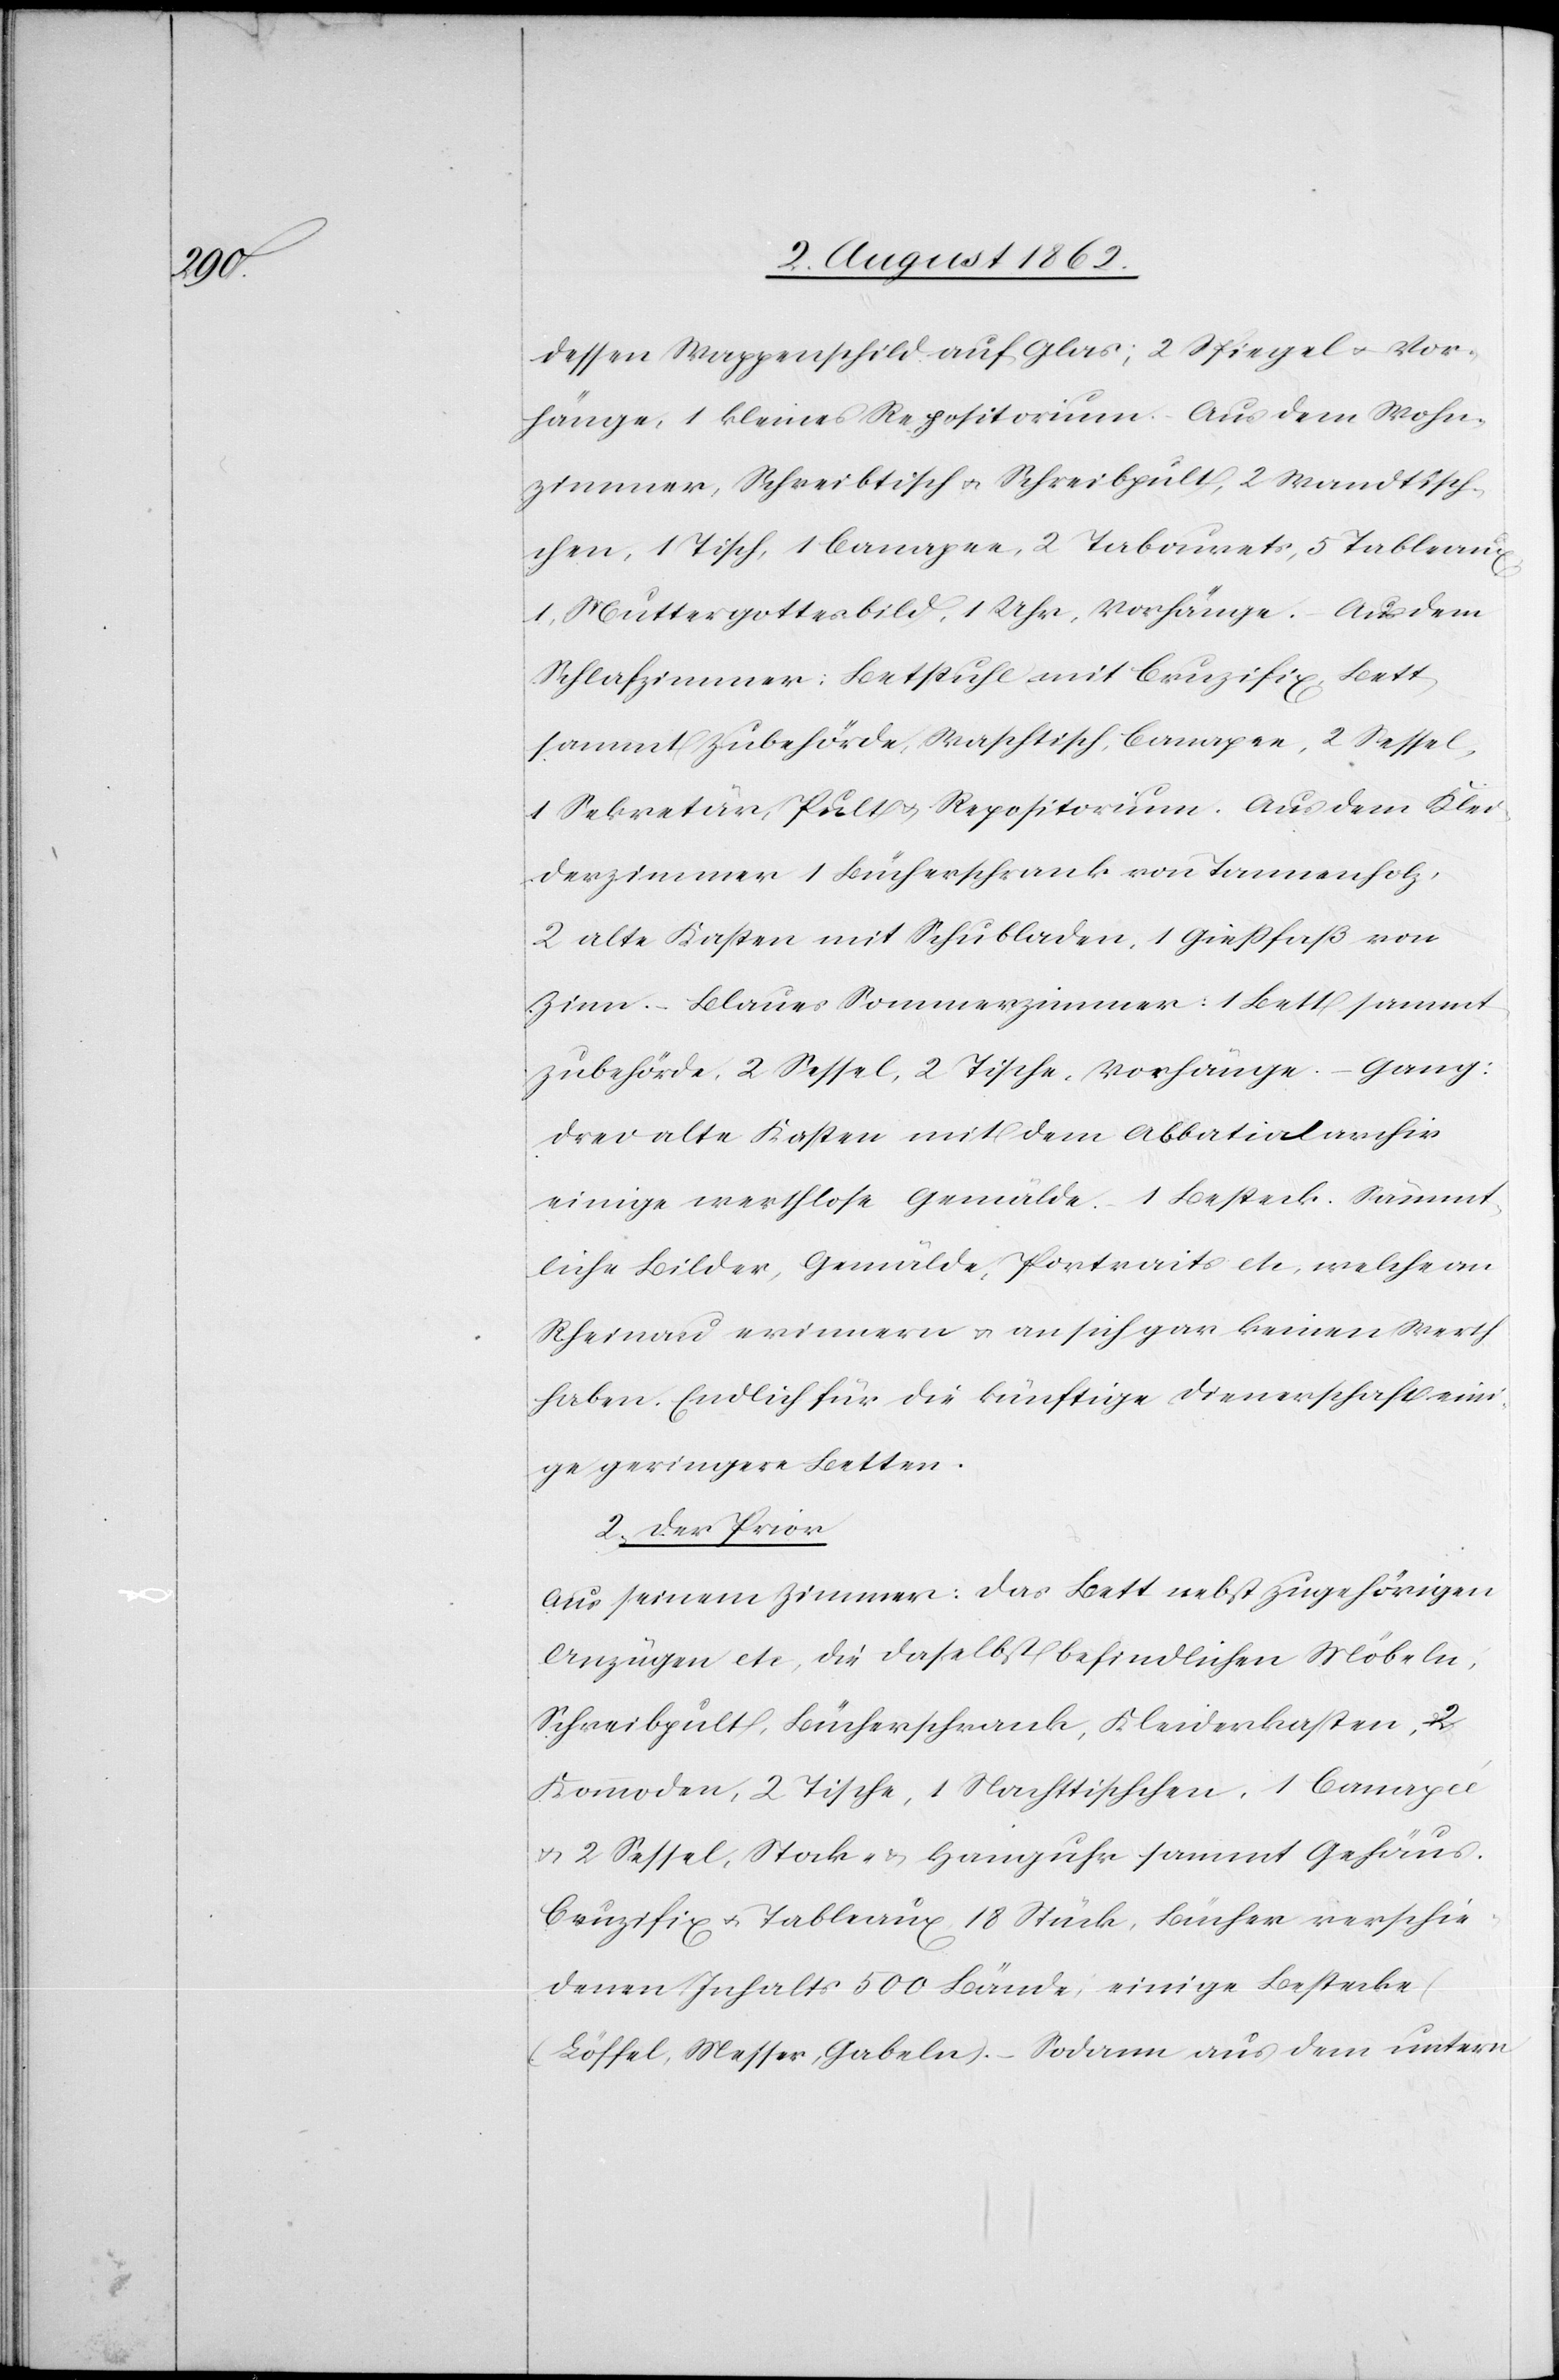
dessen Wappenschild auf Glas; 2 Spiegel u. Vor¬
hänge, 1 kleines Repositorium. Aus dem Wohn¬
zimmer, Schreibtisch u. Schreibpult, 2 Wandtisch¬
chen, 1 Tisch, 1 Canapee, 2 Tabourets, 5 Tableaux,
1 Muttergottesbild, 1 Uhr, Vorhänge. Aus dem
Schlafzimmer: Betstuhl mit Cruzifix, Bett
sammt Zubehör, Waschtisch, Canapee, 2 Sessel,
1 Sekretär, Pult u. Repositorium. Aus dem Klei¬
derzimmer 1 Bücherschrank von Tannenholz,
2 alte Kasten mit Schubladen. 1 Gießfaß von
Zinn. Blaues Sommerzimmer: 1 Bett sammt
Zubehör, 2 Sessel, 2 Tische, Vorhänge. Gang:
drei alte Kasten mit dem Abbatialarchiv,
einige werthlose Gemälde. 1 Besteck, sämmt¬
liche Bilder, Gemälde, Portraits etc, welche an
Rheinau erinnern u. an sich gar keinen Werth
haben. Endlich für die künftige Dienerschaft eini¬
ge geringere Betten.
2. Der Prior.
Aus seinem Zimmer: Das Bett nebst zugehörigen
Anzügen etc, die daselbst befindlichen Möbeln,
Schreibpult, Bücherschrank, Kleiderkasten, 2
Kommoden, 2 Tische, 1 Nachttischchen, 1 Canapée
u. 2 Sessel, Stock- u. Hanguhr sammt Gehäus,
Cruzifix u. Tableaux 18 Stück, Bücher verschie¬
denen Inhalts 500 Bände, einige Bestecke
Löffel, Messer, Gabeln). Sodann aus dem untern